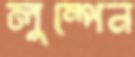
লুম্পেন